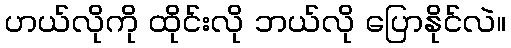
ဟယ်လိုကို ထိုင်းလို ဘယ်လို ပြောနိုင်လဲ။